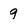
Character: 9